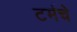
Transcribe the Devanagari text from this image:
टर्मचे